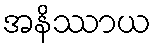
အနိဿာယ